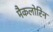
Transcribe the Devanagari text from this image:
मैकलोरिन